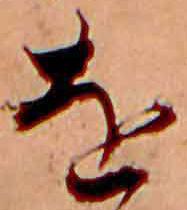
を